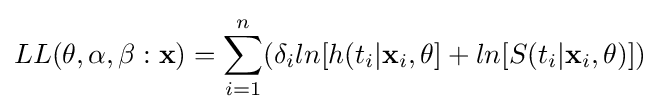
LL(\mathbf {\theta } ,\alpha ,\beta :{\mathbf {x} })=\sum _{i=1}^{n}(\delta _{i}ln{[h(t_{i}|\mathbf {x} _{i},\mathbf {\theta } ]}+ln{[S(t_{i}|\mathbf {x} _{i},\mathbf {\theta } )]})